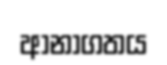
ආනාගතය